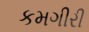
કમગીરી